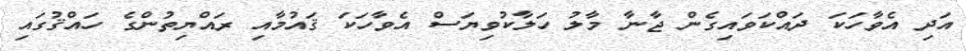
އަދި އެވާހަކަ ދައްކަވައިގެން ޖާނާ މާލު ހަލާކުވިޔަސް އެވާހަކަ ޤައުމާއި ރައްޔިތުންގެ ހައްޤުގައި